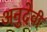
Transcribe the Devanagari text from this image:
अनुदेवी